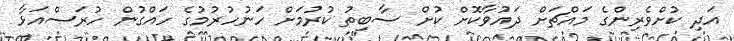
އަދި ކުށްވެރިންގެ މައްޗަށް ދައުވާކޮށް ކުށް ސާބިތު ކުރުމަށް ހަނުހުރުމުގެ ހައްގުން ހުރަސްއަޅާ